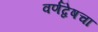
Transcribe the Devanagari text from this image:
वर्णद्वेषचा